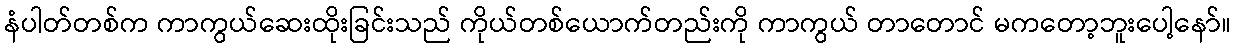
နံပါတ်တစ်က ကာကွယ်ဆေးထိုးခြင်းသည် ကိုယ်တစ်ယောက်တည်းကို ကာကွယ် တာတောင် မကတော့ဘူးပေါ့နော်။